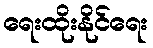
ရေးထိုးနိုင်ရေး